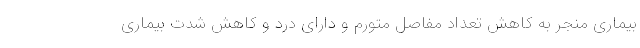
بیماری منجر به کاهش تعداد مفاصل متورم و دارای درد و کاهش شدت بیماری